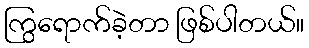
ကြွရောက်ခဲ့တာ ဖြစ်ပါတယ်။